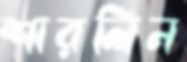
শারলিন